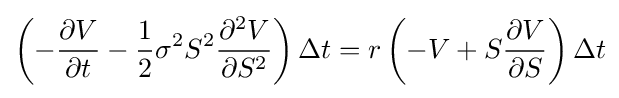
\left(-{\frac {\partial V}{\partial t}}-{\frac {1}{2}}\sigma ^{2}S^{2}{\frac {\partial ^{2}V}{\partial S^{2}}}\right)\Delta t=r\left(-V+S{\frac {\partial V}{\partial S}}\right)\Delta t